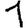
Digit: 1